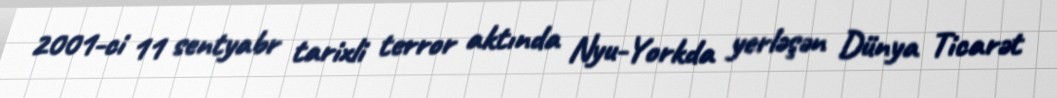
2001-ci 11 sentyabr tarixli terror aktında Nyu-Yorkda yerləşən Dünya Ticarət